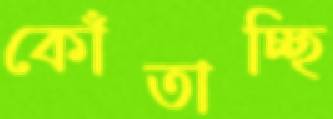
কোঁতাচ্ছি